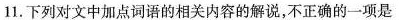
11. 下列对文中加点词语的相关内容的解说，不正确的一项是